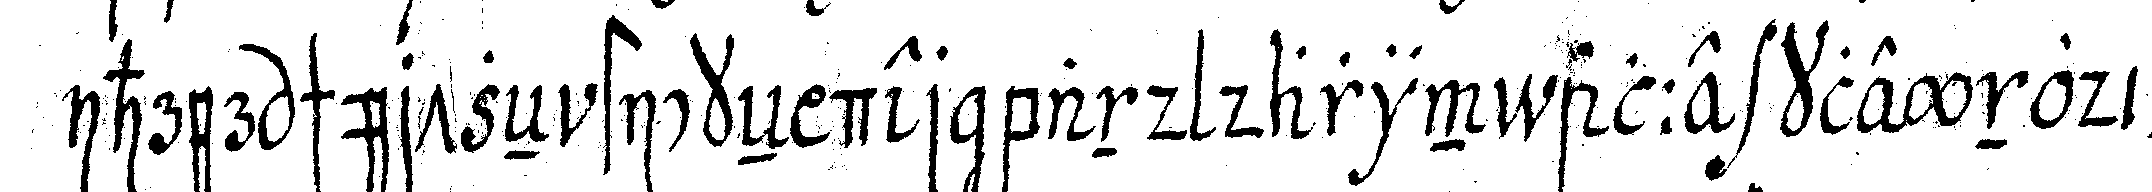
ihrer schürtzeN stickeN der band darin alle kleynodieN